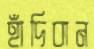
হাঁদিবান